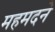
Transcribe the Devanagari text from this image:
महमदने